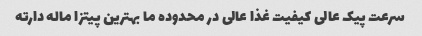
سرعت پیک عالی کیفیت غذا عالی در محدوده ما بهترین پیتزا ماله دارته